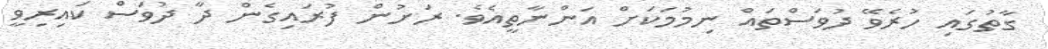
ގާތުގައި ހުރެވޭ ދުވަސްތައް ނިމުމަކަށް އަންނާތީއެވެ. ރަށުން ފުރައިގެން ދާ ދުވަސް ކައިރިވީ